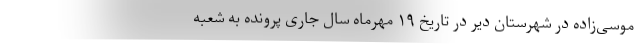
موسی‌زاده در شهرستان دیر در تاریخ ۱۹ مهرماه سال جاری پرونده به شعبه